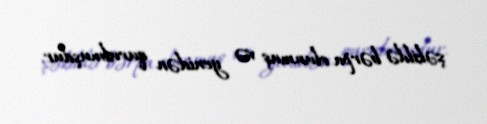
şəkildə bərpa olunmuş və yenidən qurulmuşdur.